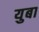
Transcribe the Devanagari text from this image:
युबा